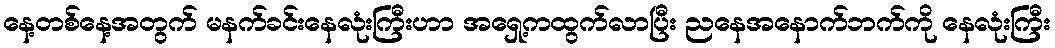
နေ့တစ်နေ့အတွက် မနက်ခင်းနေလုံးကြီးဟာ အရှေ့ကထွက်လာပြီး ညနေအနောက်ဘက်ကို နေလုံးကြီး